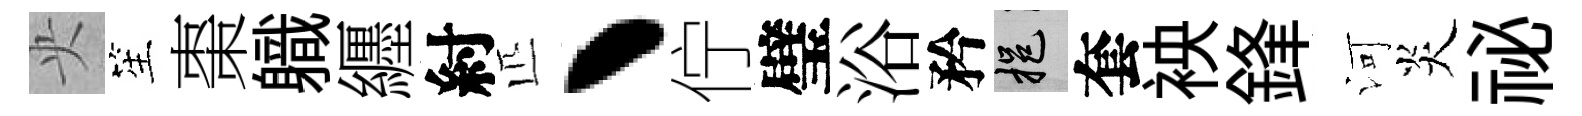
央笙棗軄纒紂匹丶佇璧浴矜挹套䘧鋒河炎祕